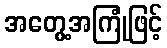
အတွေ့အကြုံဖြင့်